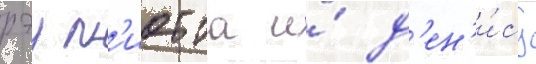
рэу л'иотта и́ д'ен'и́су